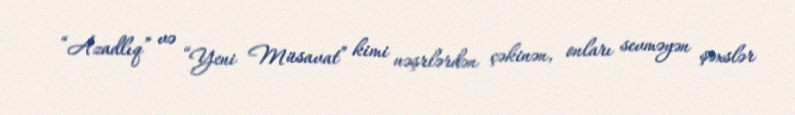
“Azadlıq” və “Yeni Müsavat” kimi nəşrlərdən çəkinən, onları sevməyən şəxslər